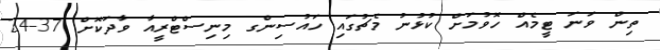
ތިން ވަނަ ޓީމެއް ހޮވުމަށް ކުޅުނު މެޗުގައި ހައުސިންގ މިނިސްޓްރީއާ ވާދަކޮށް 37-24